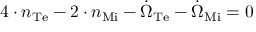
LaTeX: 4 \cdot n _ { \mathrm { { T e } } } - 2 \cdot n _ { \mathrm { { M i } } } - { \dot { \Omega } } _ { \mathrm { { T e } } } - { \dot { \Omega } } _ { \mathrm { { M i } } } = 0